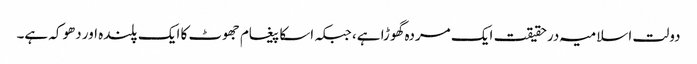
دولت اسلامیہ درحقیقت ایک مردہ گھوڑا ہے، جبکہ اسکا پیغام جھوٹ کا ایک پلندہ اور دھوکہ ہے۔